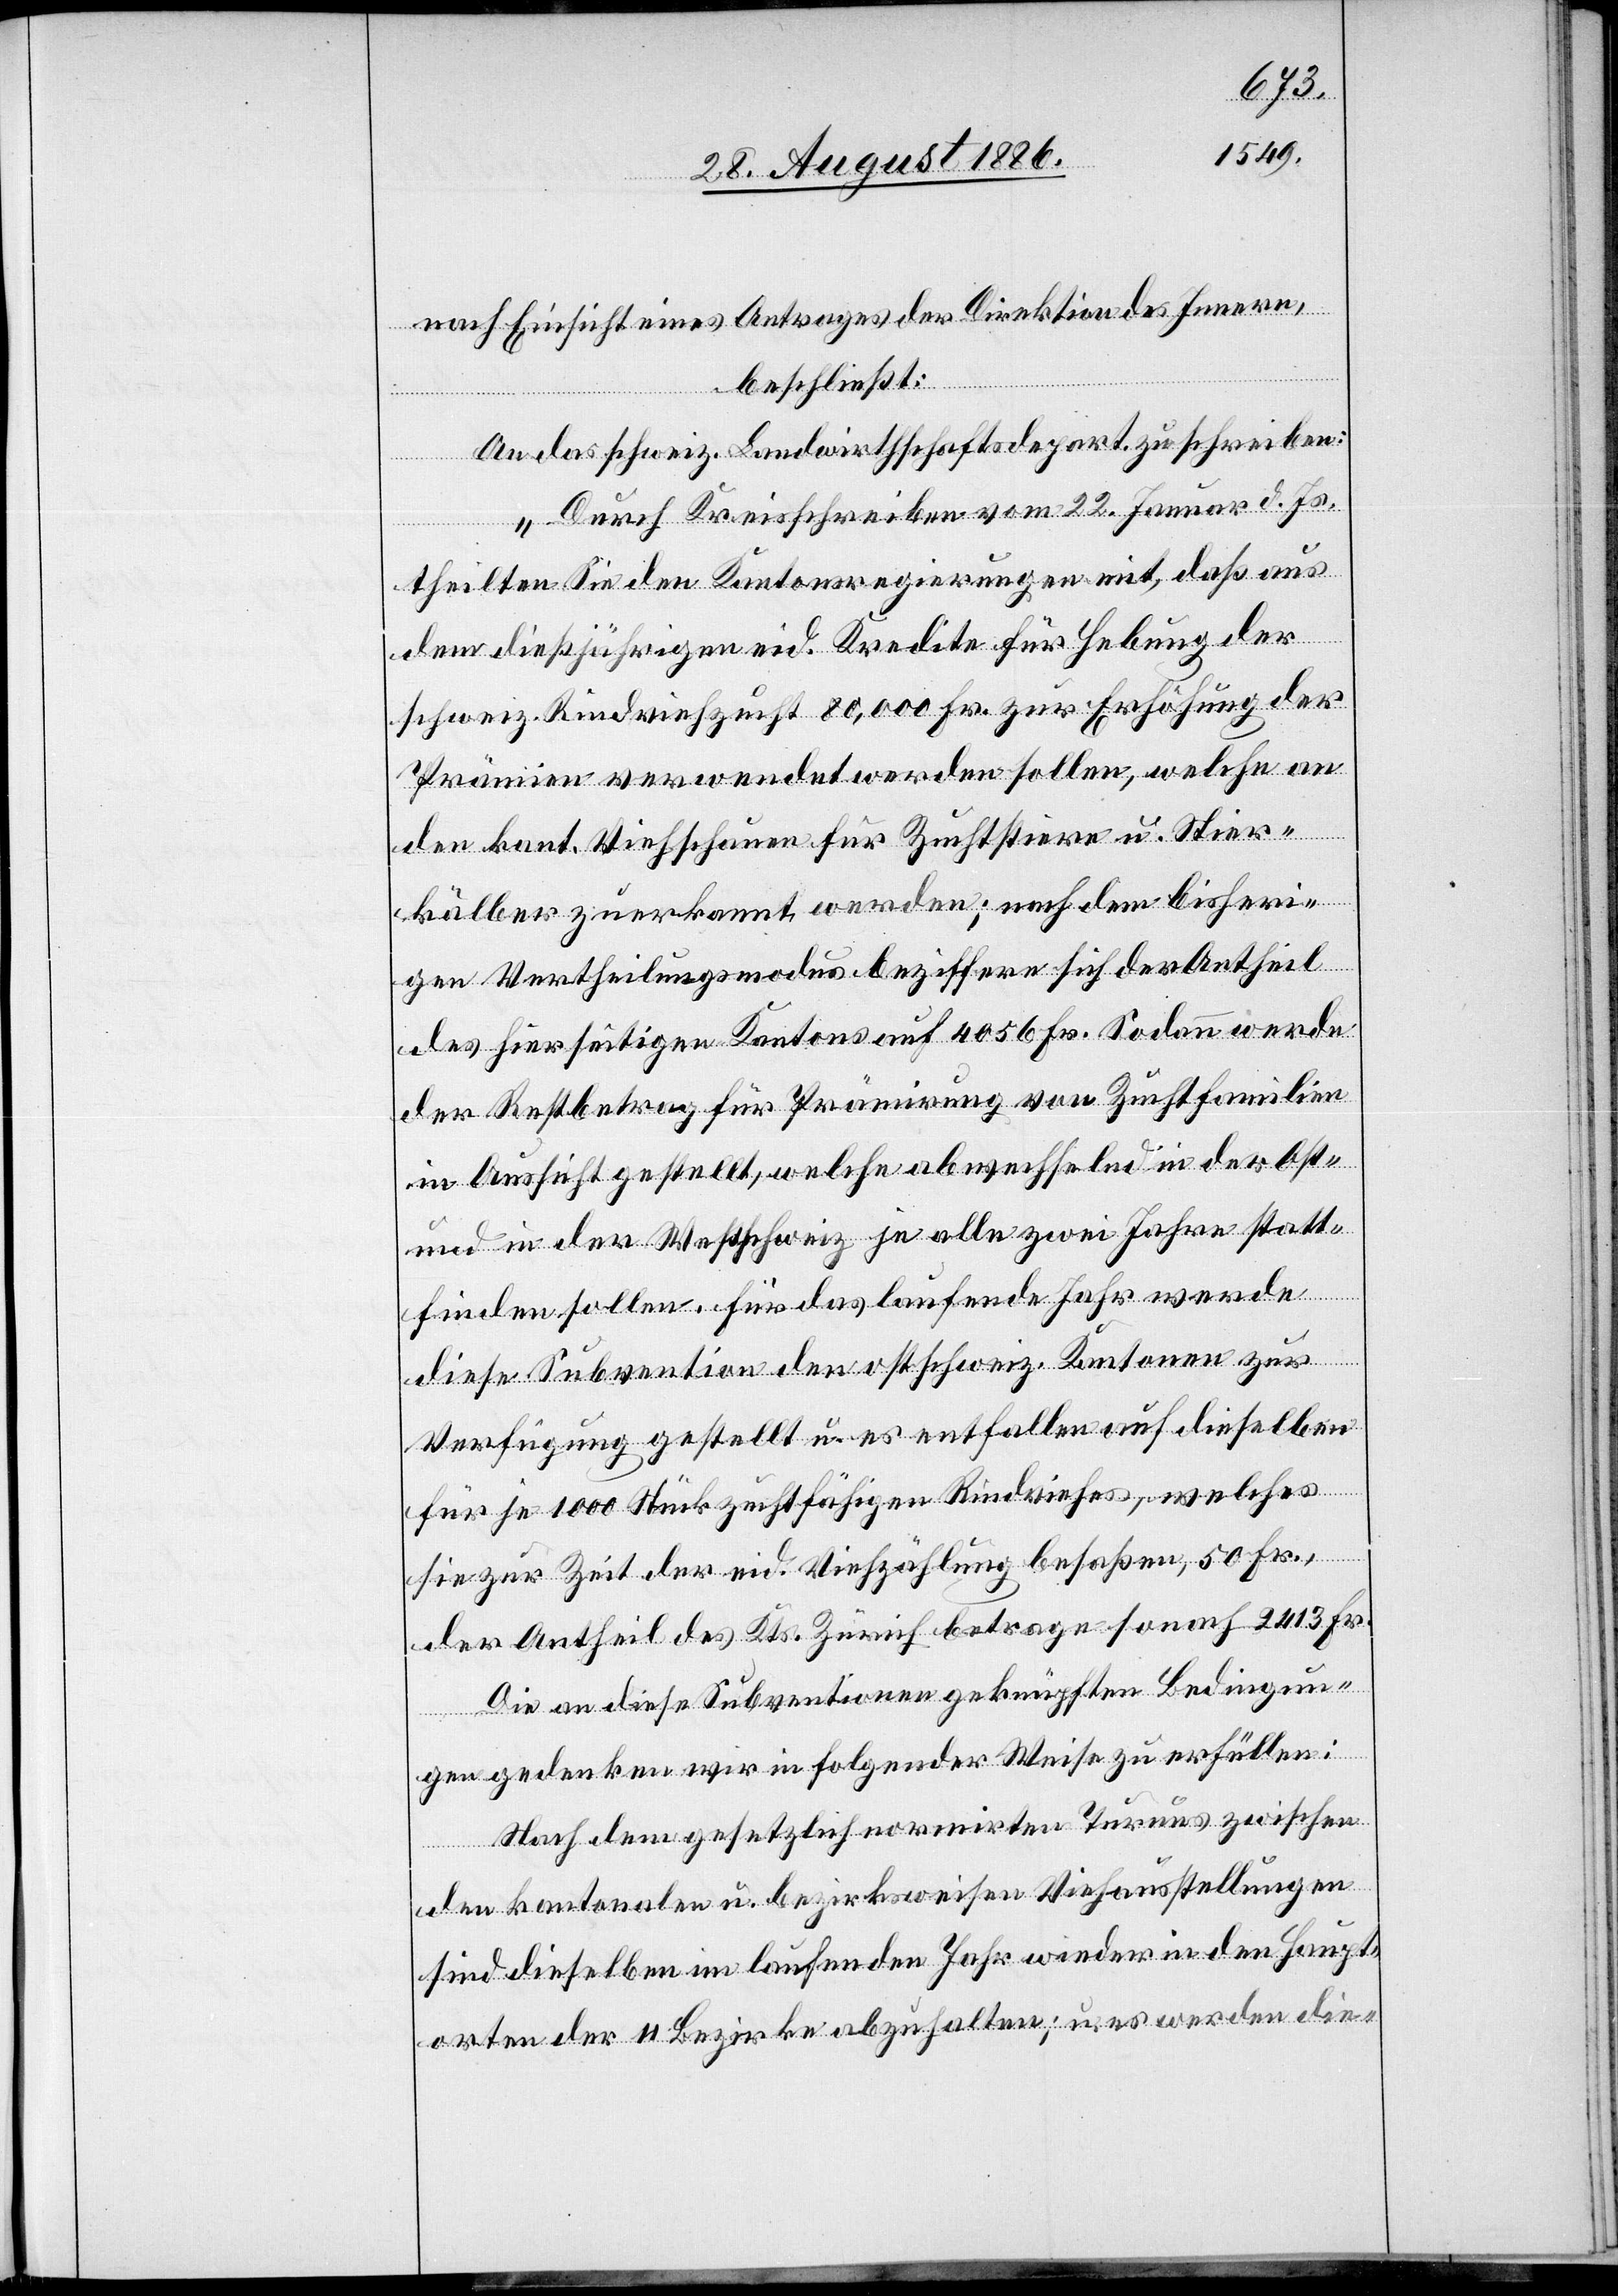
nach Einsicht eines Antrages der Direktion des Innern,
beschließt:
An das schweiz. Landwirthschaftsdepart. zu schreiben:
„Durch Kreisschreiben vom 22. Januar d. Js.
theilten sie den Kantonsregierungen mit, daß aus
dem dießjährigen eid. Kredite für Hebung der
schweiz. Rindviehzucht 80,000 Fr. zur Erhöhung der
Prämien verwendet werden sollen, welche an
den kant. Viehschauen für Zuchtstiere u. Stier¬
kälber zuerkannt werden; nach dem bisheri¬
gen Vertheilungsmodus beziffere sich der Antheil
des hierseitigen Kantons auf 4056 Fr. Sodann werde
der Restbetrag für Prämirung von Zuchtfamilien
in Aussicht gestellt, welche abwechselnd in der Ost-
und in der Westschweiz je alle zwei Jahre statt¬
finden sollen [sic!]. Für das laufende Jahr werde
diese Subvention den ostschweiz. Kantonen zur
Verfügung gestellt u. es entfallen auf dieselben
für je 1000 Stück zuchtfähigen Rindviehes, welches
sie zur Zeit der eid. Viehzählung besaßen, 50 Fr.,
der Antheil des Kts. Zürich betrage sonach 2413 Fr.
Die an diese Subventionen geknüpften Bedingun¬
gen gedenken wir in folgender Weise zu erfüllen:
Nach dem gesetzlich normirten Turnus zwischen
den kantonalen u. bezirksweisen Viehausstellungen
sind dieselben im laufenden Jahr wieder in den Haupt¬
orten der 11 Bezirke abzuhalten; u. es werden die-